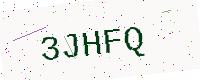
Text: 3JHFQ